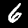
Label: 6